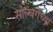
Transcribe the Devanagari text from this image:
सोल्बर्गच्या